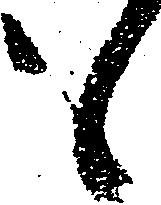
も